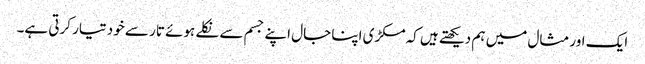
ایک اور مثال میں ہم دیکھتے ہیں کہ مکڑی اپنا جال اپنے جسم سے نکلے ہوئے تار سے خود تیار کرتی ہے۔